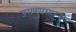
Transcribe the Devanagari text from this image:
जमण्यासारख्या